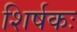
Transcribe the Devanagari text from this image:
शिर्षकः